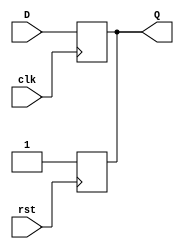
module DFF (
    output reg Q, 
    input D, clk, rst
);

always @(negedge clk ) Q<=D;
always @(negedge rst) Q<=1'b1;

endmodule